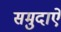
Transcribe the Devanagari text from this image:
समुदाऐ